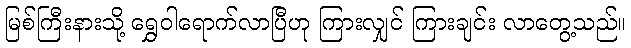
မြစ်ကြီးနားသို့ ရွှေဝါရောက်လာပြီဟု ကြားလျှင် ကြားချင်း လာတွေ့သည်။